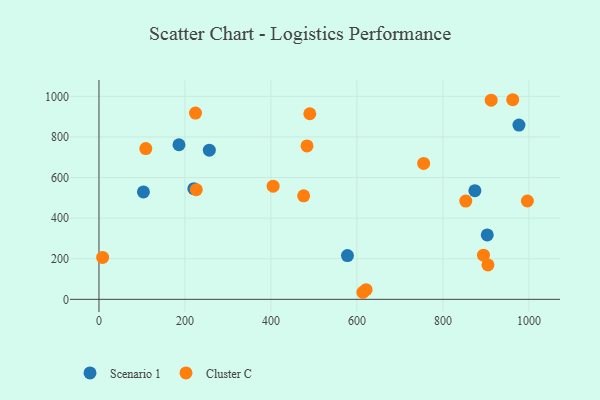
{"axis": {"x": "Distance", "y": "Demand"}, "legend": ["Cluster C", "Scenario 1"], "data": [{"x": "103.4", "y": 529.4, "type": "Scenario 1"}, {"x": "186.1", "y": 761.7, "type": "Scenario 1"}, {"x": "874.4", "y": 535.4, "type": "Scenario 1"}, {"x": "976.9", "y": 858.4, "type": "Scenario 1"}, {"x": "903.2", "y": 317.4, "type": "Scenario 1"}, {"x": "256.7", "y": 734.7, "type": "Scenario 1"}, {"x": "578.0", "y": 215.6, "type": "Scenario 1"}, {"x": "220.7", "y": 545.4, "type": "Scenario 1"}, {"x": "904.8", "y": 169.7, "type": "Cluster C"}, {"x": "226.3", "y": 540.2, "type": "Cluster C"}, {"x": "853.2", "y": 484.1, "type": "Cluster C"}, {"x": "613.9", "y": 34.8, "type": "Cluster C"}, {"x": "490.4", "y": 914.4, "type": "Cluster C"}, {"x": "8.5", "y": 206.4, "type": "Cluster C"}, {"x": "996.5", "y": 484.5, "type": "Cluster C"}, {"x": "476.1", "y": 510.0, "type": "Cluster C"}, {"x": "483.9", "y": 755.9, "type": "Cluster C"}, {"x": "755.2", "y": 669.4, "type": "Cluster C"}, {"x": "405.1", "y": 557.4, "type": "Cluster C"}, {"x": "912.3", "y": 981.1, "type": "Cluster C"}, {"x": "108.9", "y": 742.6, "type": "Cluster C"}, {"x": "224.5", "y": 917.5, "type": "Cluster C"}, {"x": "894.4", "y": 217.8, "type": "Cluster C"}, {"x": "962.4", "y": 983.4, "type": "Cluster C"}, {"x": "621.4", "y": 47.4, "type": "Cluster C"}]}